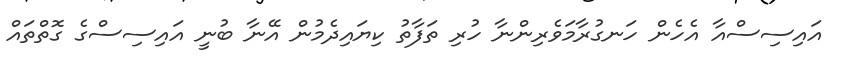
އައިސިސްއާ އެހެން ހަނގުރާމަވެރިންނާ ހުރި ތަފާތު ކިޔައިދެމުން އޭނާ ބުނީ އައިސިސްގެ ގޮތްތައް